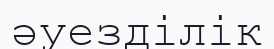
әуезділік